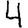
Digit: 4